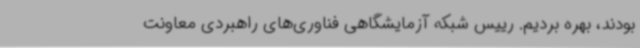
بودند، بهره بردیم. رییس شبکه آزمایشگاهی فناوری‌های راهبردی معاونت